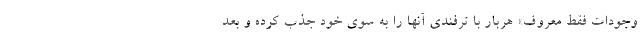
وجودات فقط معروف» هربار با ترفندی آنها را به سوی خود جذب کرده و بعد